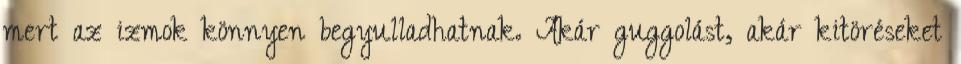
mert az izmok könnyen begyulladhatnak. Akár guggolást, akár kitöréseket